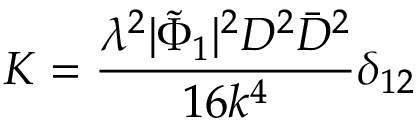
K = \frac { \lambda ^ { 2 } | \tilde { \Phi } _ { 1 } | ^ { 2 } D ^ { 2 } \bar { D } ^ { 2 } } { 1 6 k ^ { 4 } } \delta _ { 1 2 }